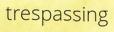
trespassing